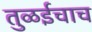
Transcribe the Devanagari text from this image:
तुळईचाच